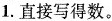
1.直接写得数。